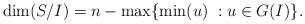
LaTeX: \begin{align*}\dim(S/I)=n- \max\{\min(u) \; : u \in G(I) \}.\end{align*}